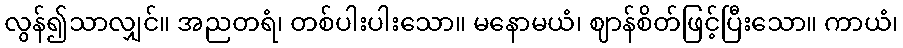
လွန်၍သာလျှင်။ အညတရံ၊ တစ်ပါးပါးသော။ မနောမယံ၊ ဈာန်စိတ်ဖြင့်ပြီးသော။ ကာယံ၊